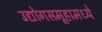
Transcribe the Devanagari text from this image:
उद्योगसमूहामध्ये